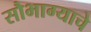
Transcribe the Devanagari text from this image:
सौभाग्याचे